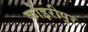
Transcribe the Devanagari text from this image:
कोइरीपुर